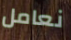
نعامل